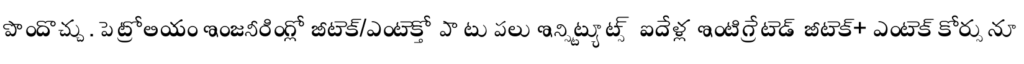
పొందొచ్చు. పెట్రోలియం ఇంజనీరింగ్లో బీటెక్/ఎంటెక్తో పా టు పలు ఇన్స్టిట్యూట్స్ ఐదేళ్ల ఇంటిగ్రేటెడ్ బీటెక్+ ఎంటెక్ కోర్సునూ